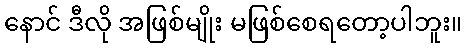
နောင် ဒီလို အဖြစ်မျိုး မဖြစ်စေရတော့ပါဘူး။